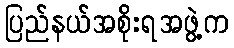
ပြည်နယ်အစိုးရအဖွဲ့က